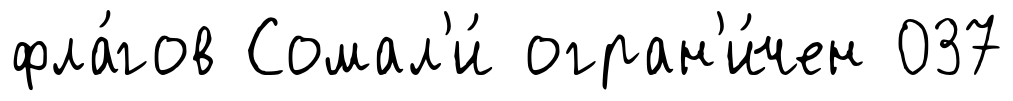
фла́гов Сомал'и́ огран'и́чен 037